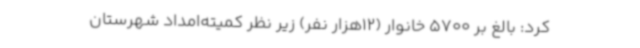
کرد: بالغ بر 5700 خانوار (12هزار نفر) زیر نظر کمیته‌امداد شهرستان